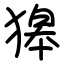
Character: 獆